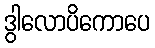
ဒွါလောပိကောပေ